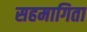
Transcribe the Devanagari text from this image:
सहमागिता